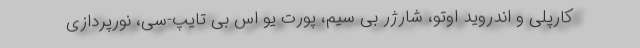
کارپلی و اندروید اوتو، شارژر بی سیم، پورت یو اس بی تایپ-سی، نورپردازی